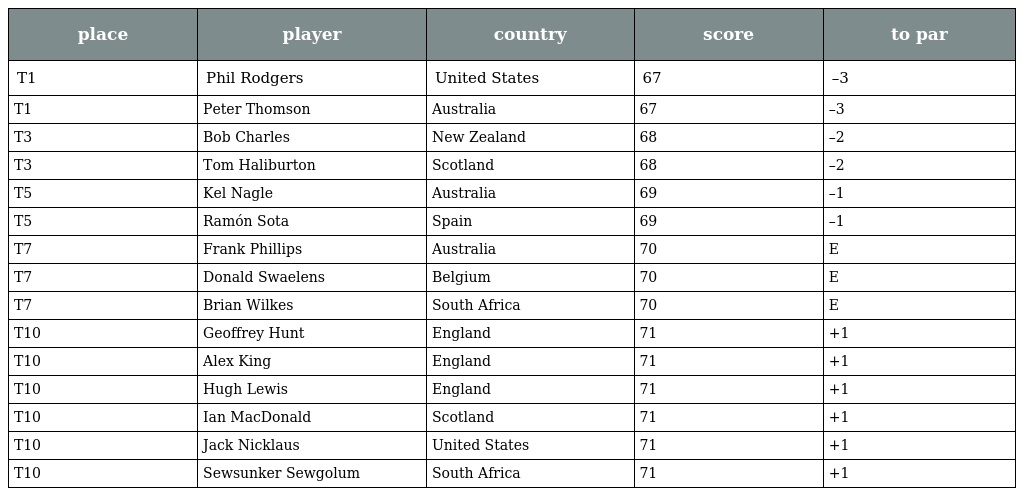
| place | player | country | score | to par |
 | --- | --- | --- | --- | --- |
 | T1 | Phil Rodgers | United States | 67 | –3 |
 | T1 | Peter Thomson | Australia | 67 | –3 |
 | T3 | Bob Charles | New Zealand | 68 | –2 |
 | T3 | Tom Haliburton | Scotland | 68 | –2 |
 | T5 | Kel Nagle | Australia | 69 | –1 |
 | T5 | Ramón Sota | Spain | 69 | –1 |
 | T7 | Frank Phillips | Australia | 70 | E |
 | T7 | Donald Swaelens | Belgium | 70 | E |
 | T7 | Brian Wilkes | South Africa | 70 | E |
 | T10 | Geoffrey Hunt | England | 71 | +1 |
 | T10 | Alex King | England | 71 | +1 |
 | T10 | Hugh Lewis | England | 71 | +1 |
 | T10 | Ian MacDonald | Scotland | 71 | +1 |
 | T10 | Jack Nicklaus | United States | 71 | +1 |
 | T10 | Sewsunker Sewgolum | South Africa | 71 | +1 |